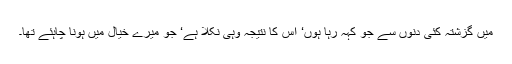
میں گزشتہ کئی دنوں سے جو کہہ رہا ہوں‘ اس کا نتیجہ وہی نکلا ہے‘ جو میرے خیال میں ہونا چاہئے تھا۔